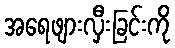
အရေဖျားလှီးခြင်းကို